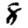
Digit: 8